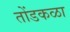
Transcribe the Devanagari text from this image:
तोंडकळा